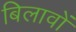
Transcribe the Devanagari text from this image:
बिलावों